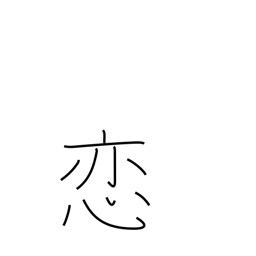
Meaning: in love